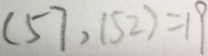
( 5 7 , 1 5 2 ) = 1 9